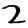
Digit: 2